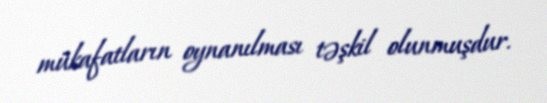
mükafatların oynanılması təşkil olunmuşdur.